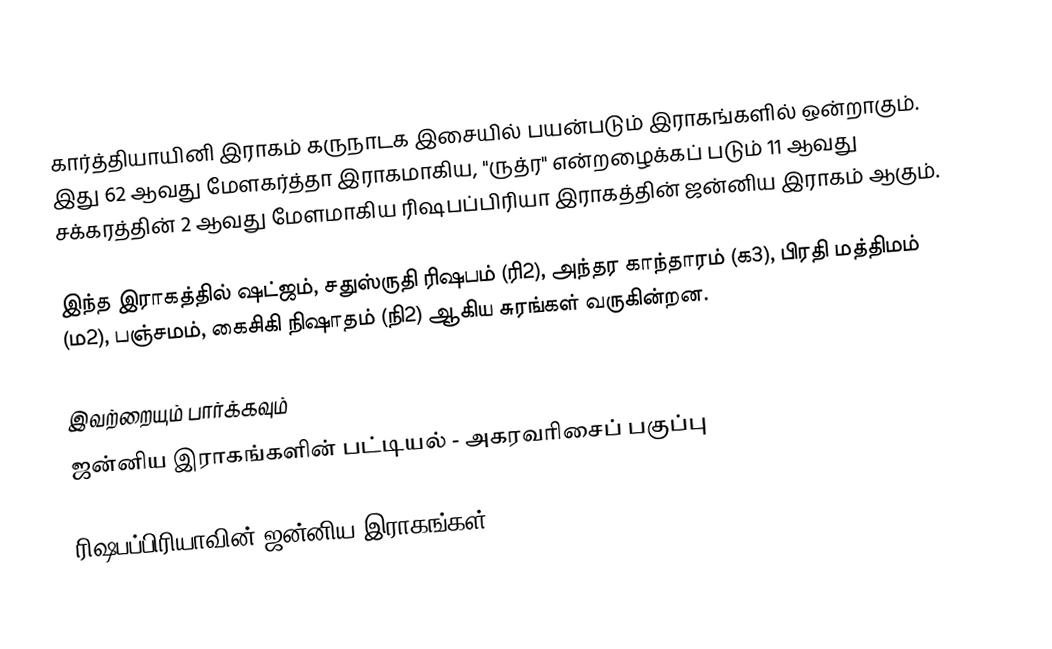
கார்த்தியாயினி இராகம் கருநாடக இசையில் பயன்படும் இராகங்களில் ஒன்றாகும். இது 62 ஆவது மேளகர்த்தா இராகமாகிய, "ருத்ர" என்றழைக்கப் படும் 11 ஆவது சக்கரத்தின் 2 ஆவது மேளமாகிய ரிஷபப்பிரியா இராகத்தின் ஜன்னிய இராகம் ஆகும்.

இந்த இராகத்தில் ஷட்ஜம், சதுஸ்ருதி ரிஷபம் (ரி2),  அந்தர காந்தாரம் (க3), பிரதி மத்திமம் (ம2), பஞ்சமம், கைசிகி நிஷாதம்  (நி2) ஆகிய சுரங்கள் வருகின்றன.

இவற்றையும் பார்க்கவும்
 ஜன்னிய இராகங்களின் பட்டியல் - அகரவரிசைப் பகுப்பு

ரிஷபப்பிரியாவின் ஜன்னிய இராகங்கள்